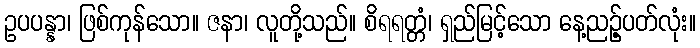
ဥပပန္နာ၊ ဖြစ်ကုန်သော။ ဇနာ၊ လူတို့သည်။ စိရရတ္တံ၊ ရှည်မြင့်သော နေ့ညဉ့်ပတ်လုံး။